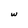
Character: w